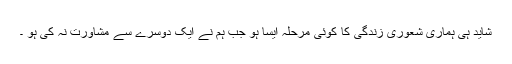
شاید ہی ہماری شعوری زندگی کا کوئی مرحلہ ایسا ہو جب ہم نے ایک دوسرے سے مشاورت نہ کی ہو ۔